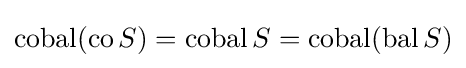
\operatorname {cobal} (\operatorname {co} S)=\operatorname {cobal} S=\operatorname {cobal} (\operatorname {bal} S)